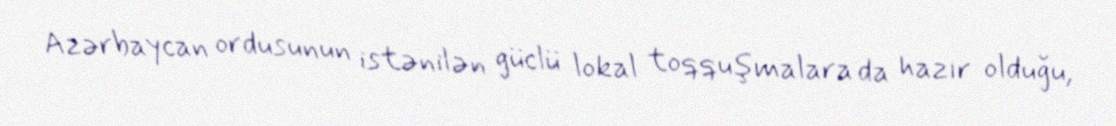
Azərbaycan ordusunun istənilən güclü lokal toqquşmalara da hazır olduğu,